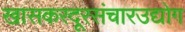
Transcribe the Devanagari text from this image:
खासकरदूरसंचारउद्योग